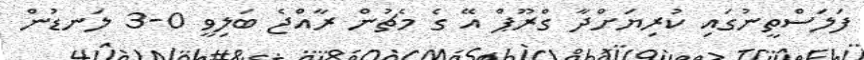
ފަލަސްތީނުގައި ކުރިޔަށްދާ ގްރޫޕް އޭ ގެ މެޗުން ރާއްޖެ ބަލިވީ 0-3 ލަނޑުން